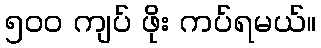
၅၀၀ ကျပ် ဖိုး ကပ်ရမယ်။